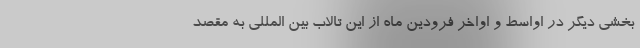
بخشی دیگر در اواسط و اواخر فرودین ماه از این تالاب بین المللی به مقصد